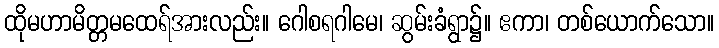
ထိုမဟာမိတ္တမထေရ်အားလည်း။ ဂေါစရဂါမေ၊ ဆွမ်းခံရွာ၌။ ဧကာ၊ တစ်ယောက်သော။